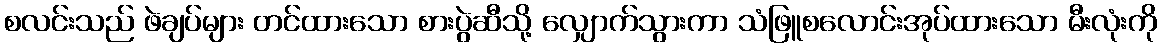
စလင်းသည် ဖဲချပ်များ တင်ထားသော စားပွဲဆီသို့ လျှောက်သွားကာ သံဖြူစလောင်းအုပ်ထားသော မီးလုံးကို